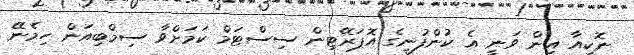
ނޮކިއާ އިން ވަނީ އެ ކުންފުނީގެ އޮޕަރޭޓިން ސިސްޓަމް ކަމަށްވާ ސިމްބިއަން ހިމެނޭ